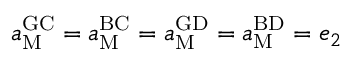
a _ { \mathrm { M } } ^ { \mathrm { G C } } = a _ { \mathrm { M } } ^ { \mathrm { B C } } = a _ { \mathrm { M } } ^ { \mathrm { G D } } = a _ { \mathrm { M } } ^ { \mathrm { B D } } = e _ { 2 }